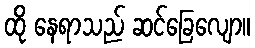
ထို နေရာသည် ဆင်ခြေလျော။